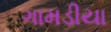
ગામડીયા